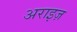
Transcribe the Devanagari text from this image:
अराइज़